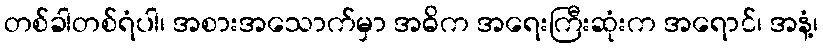
တစ်ခါတစ်ရံပါ၊ အစားအသောက်မှာ အဓိက အရေးကြီးဆုံးက အရောင်၊ အနံ့၊